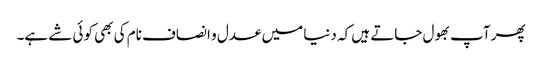
پھر آپ بھول جاتے ہیں کہ دنیا میں عدل و انصاف نام کی بھی کوئی شے ہے۔